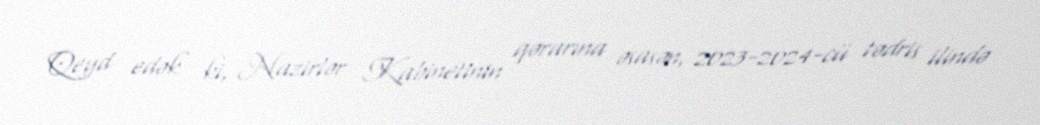
Qeyd edək ki, Nazirlər Kabinetinin qərarına əsasən, 2023-2024-cü tədris ilində